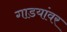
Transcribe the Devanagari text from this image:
गाडयांवर